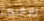
يارفيق